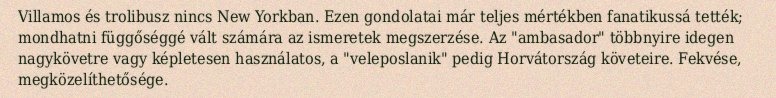
Villamos és trolibusz nincs New Yorkban. Ezen gondolatai már teljes mértékben fanatikussá tették; mondhatni függőséggé vált számára az ismeretek megszerzése. Az "ambasador" többnyire idegen nagykövetre vagy képletesen használatos, a "veleposlanik" pedig Horvátország követeire. Fekvése, megközelíthetősége.